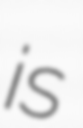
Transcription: is